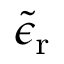
\tilde { \epsilon } _ { \mathrm { r } }